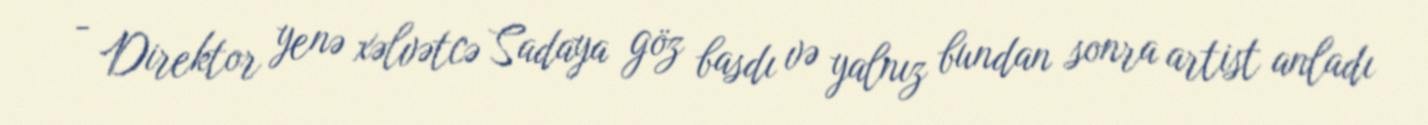
- Direktor yenə xəlvətcə Sadaya göz basdı və yalnız bundan sonra artist anladı